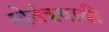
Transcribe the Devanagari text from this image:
लोतंत्रवादी